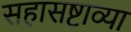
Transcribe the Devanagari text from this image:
सहासष्टाव्या